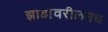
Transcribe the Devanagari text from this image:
झाडांवरीलमध